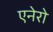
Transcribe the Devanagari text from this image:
एनेरो